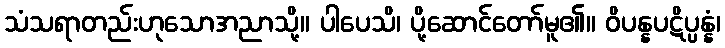
သံသရာတည်းဟုသောအညာသို့။ ပါပေသိ၊ ပို့ဆောင်တော်မူ၏။ ဝိပန္နပဋိပ္ပန္နံ၊